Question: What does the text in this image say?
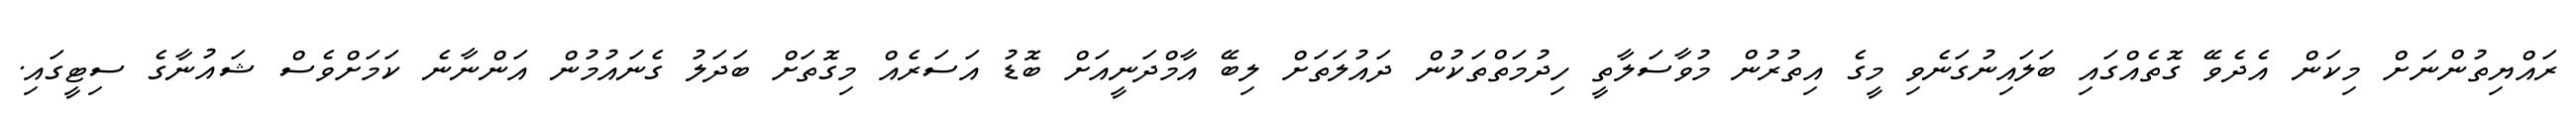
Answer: ރައްޔިތުންނަށް މިކަން އެދެވޭ ގޮތެއްގައި ބަލައިނުގަނެވި މީގެ އިތުރުން މުވާސަލާތީ ހިދުމަތްތަކުން ދައުލަތަށް ލިބޭ އާމްދަނީއަށް ބޮޑު އަސަރެއް މިގޮތަށް ބަދަލު ގެނައުމުން އަންނާނެ ކަމަށްވެސް ޝައުނާގެ ސިޓީގައި.